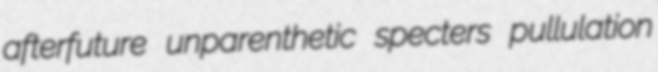
afterfuture unparenthetic specters pullulation